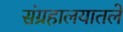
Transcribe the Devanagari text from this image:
संग्रहालयातले